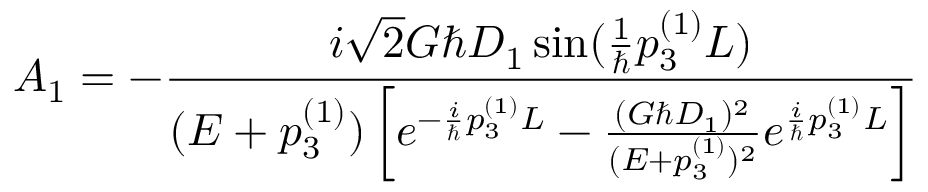
A _ { 1 } = - \frac { i \sqrt { 2 } G \hbar D _ { 1 } \sin ( \frac { 1 } { \hbar } p _ { 3 } ^ { ( 1 ) } L ) } { ( E + p _ { 3 } ^ { ( 1 ) } ) \left[ e ^ { - \frac { i } { \hbar } p _ { 3 } ^ { ( 1 ) } L } - \frac { ( G \hbar D _ { 1 } ) ^ { 2 } } { ( E + p _ { 3 } ^ { ( 1 ) } ) ^ { 2 } } e ^ { \frac { i } { \hbar } p _ { 3 } ^ { ( 1 ) } L } \right] }